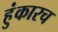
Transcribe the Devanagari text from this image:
हुंकारच